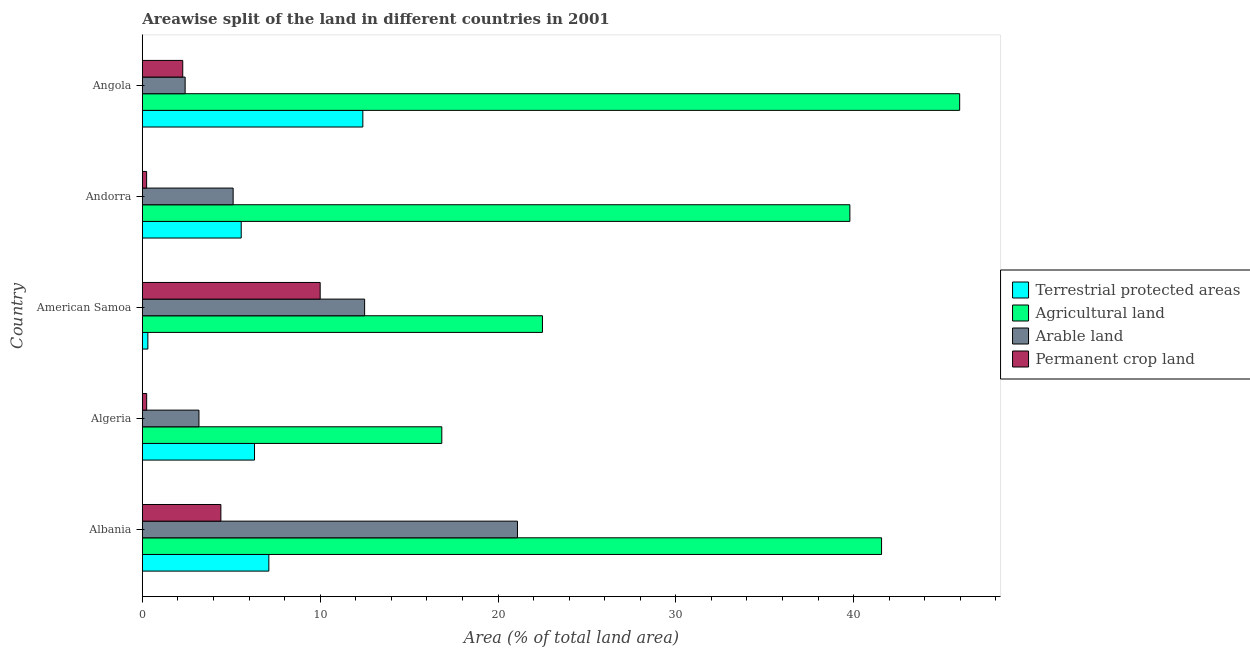
| Country | Terrestrial protected areas | Agricultural land | Arable land | Permanent crop land |
 | --- | --- | --- | --- | --- |
 | Albania | 7.11 | 41.6 | 21.1 | 4.42 |
 | Algeria | 6.31 | 16.8 | 3.18 | 0.244 |
 | American Samoa | 0.31 | 22.5 | 12.5 | 10 |
 | Andorra | 5.56 | 39.8 | 5.11 | 0.241 |
 | Angola | 12.4 | 46 | 2.41 | 2.27 |